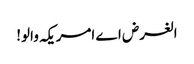
الغرض اے امریکہ والو!